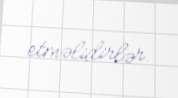
etməlidirlər.